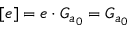
[ e ] = e \cdot G _ { a _ { 0 } } = G _ { a _ { 0 } }